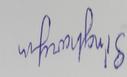
Signature authenticity: forged